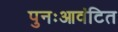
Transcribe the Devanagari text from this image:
पुनःआवंटित